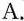
A.